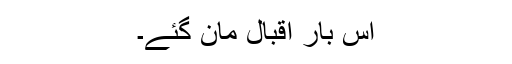
اس بار اقبال مان گئے۔